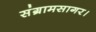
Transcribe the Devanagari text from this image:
संग्रामसागर।